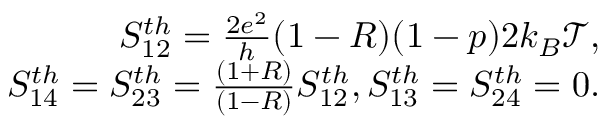
\begin{array} { r } { { S _ { 1 2 } ^ { t h } = \frac { 2 e ^ { 2 } } { h } ( 1 - R ) ( 1 - p ) 2 k _ { B } \mathcal { T } , } } \\ { { S _ { 1 4 } ^ { t h } = S _ { 2 3 } ^ { t h } = \frac { ( 1 + R ) } { ( 1 - R ) } S _ { 1 2 } ^ { t h } } , { S _ { 1 3 } ^ { t h } = S _ { 2 4 } ^ { t h } = 0 . } } \end{array}